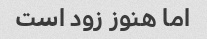
اما هنوز زود است